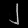
Digit: ၂